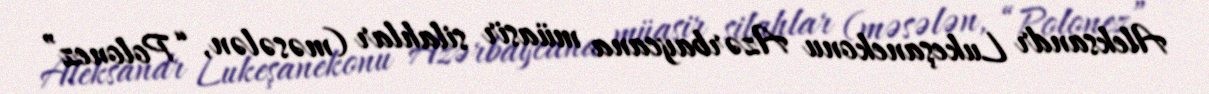
Aleksandr Lukeşanekonu Azərbaycana müasir silahlar (məsələn, “Polonez”